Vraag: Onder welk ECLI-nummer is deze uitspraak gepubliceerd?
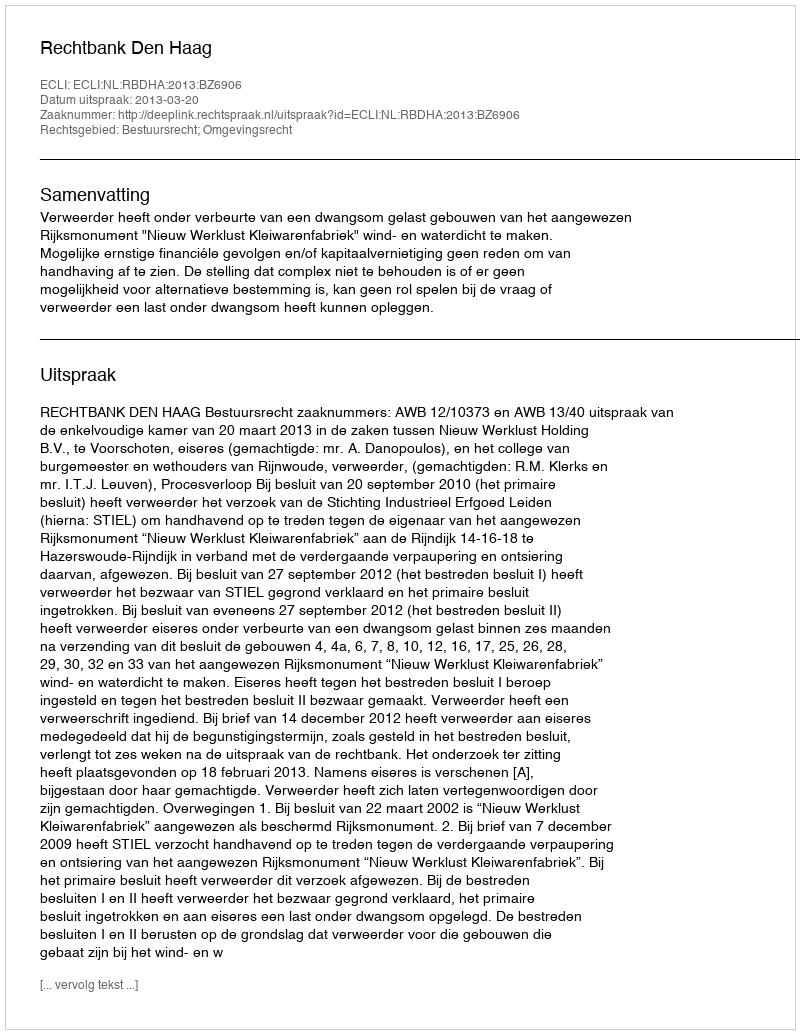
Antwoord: ECLI:NL:RBDHA:2013:BZ6906